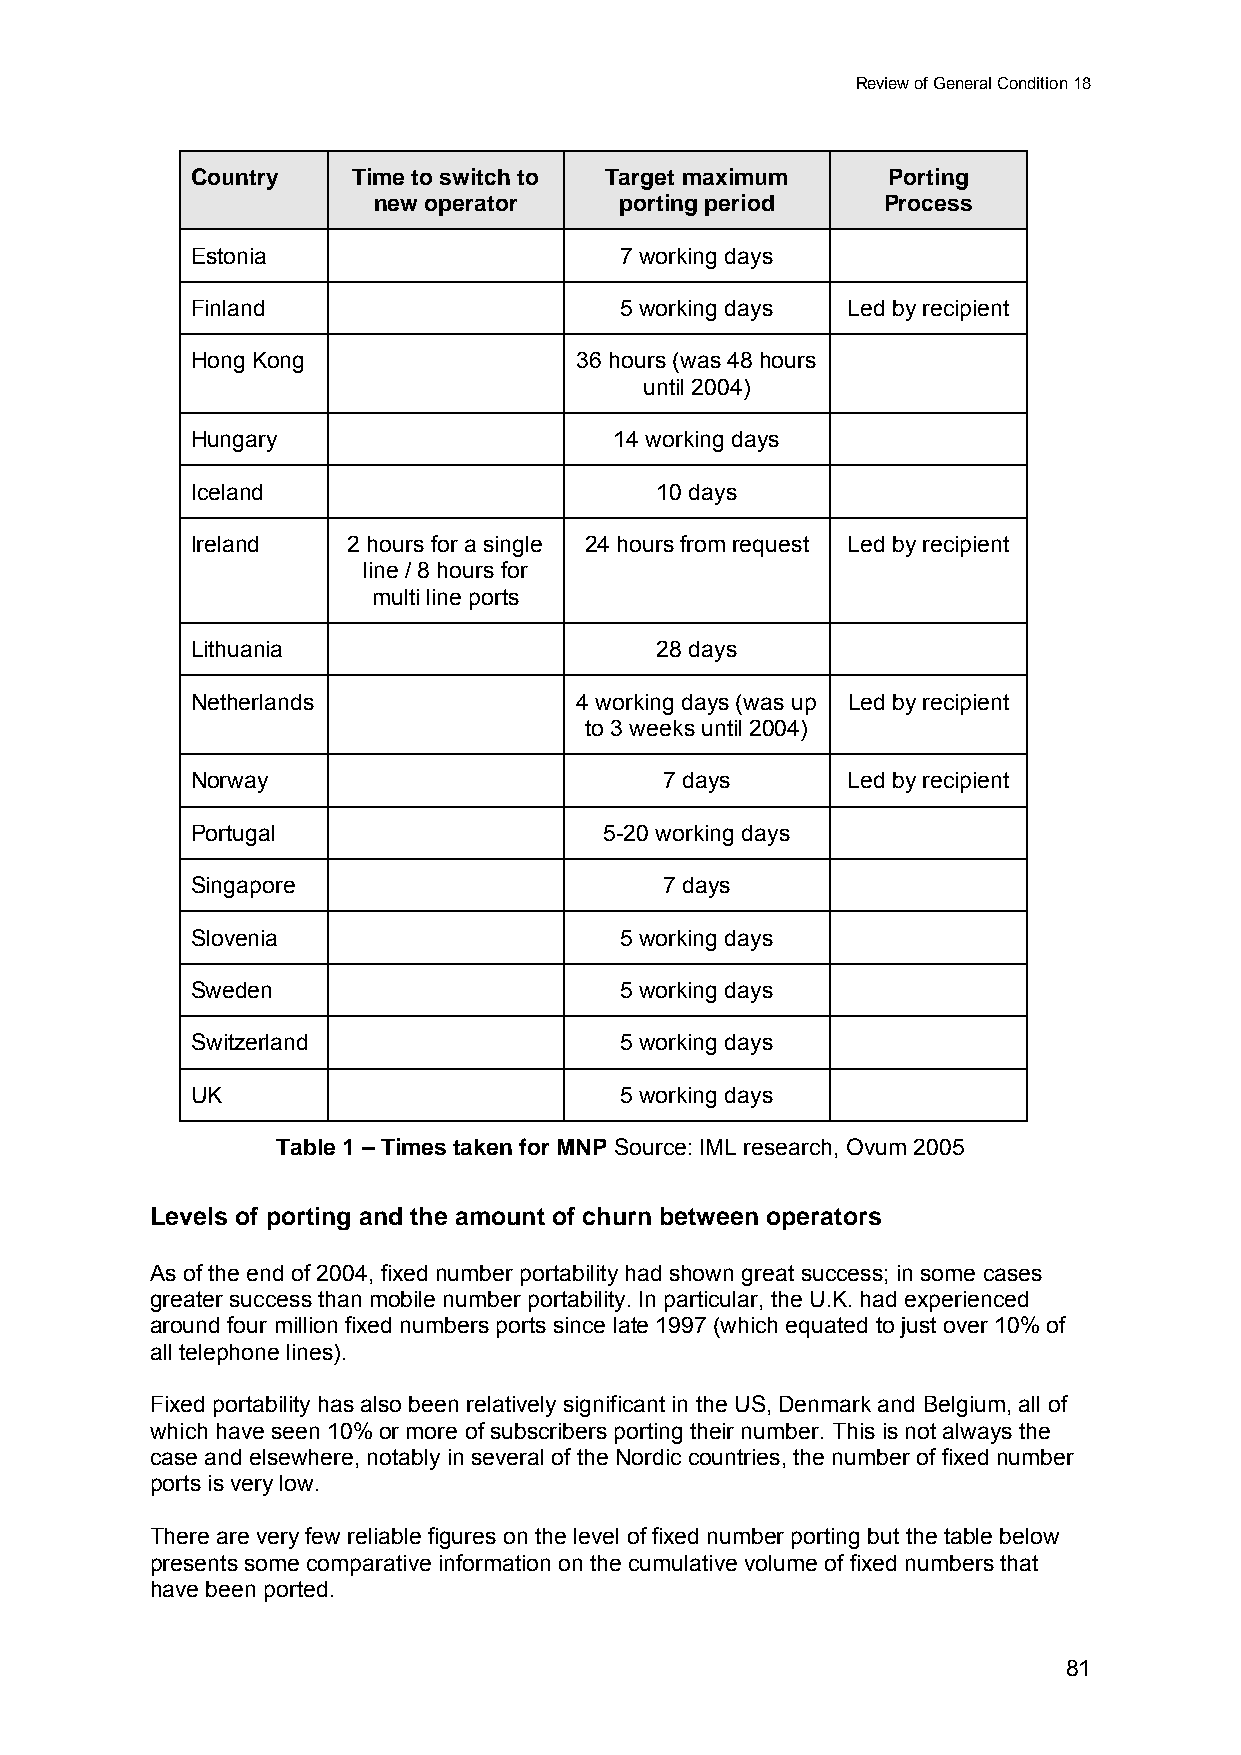
Review of General Condition 18
 Country   Time to switch to Target maximum    Porting
 new operator    porting period   Process
 Estonia                     7 working days
 Finland                     5 working days Led by recipient
 Hong Kong                36 hours (was 48 hours
 until 2004)
 Hungary                     14 working days
 Iceland                       10 days
 Ireland   2 hours for a single 24 hours from request Led by recipient
 line / 8 hours for
 multi line ports
 Lithuania                     28 days
 Netherlands              4 working days (was up Led by recipient
 to 3 weeks until 2004)
 Norway                         7 days      Led by recipient
 Portugal                   5-20 working days
 Singapore                      7 days
 Slovenia                    5 working days
 Sweden                      5 working days
 Switzerland                 5 working days
 UK                          5 working days
 Table 1 – Times taken for MNP Source: IML research, Ovum 2005
 Levels of porting and the amount of churn between operators
 As of the end of 2004, fixed number portability had shown great success; in some cases
 greater success than mobile number portability. In particular, the U.K. had experienced
 around four million fixed numbers ports since late 1997 (which equated to just over 10% of
 all telephone lines).
 Fixed portability has also been relatively significant in the US, Denmark and Belgium, all of
 which have seen 10% or more of subscribers porting their number. This is not always the
 case and elsewhere, notably in several of the Nordic countries, the number of fixed number
 ports is very low.
 There are very few reliable figures on the level of fixed number porting but the table below
 presents some comparative information on the cumulative volume of fixed numbers that
 have been ported.
 81